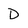
Character: D